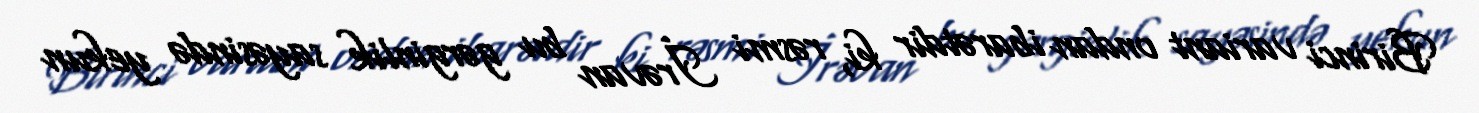
Birinci variant ondan ibarətdir ki, rəsmi İrəvan bu gərginlik sayəsində yekun